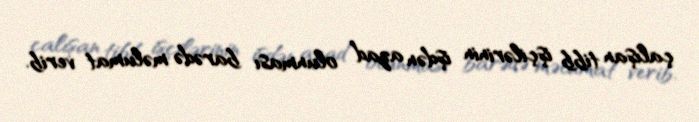
çalışan tibb işçilərinin işdən azad olunması barədə məlumat verib.